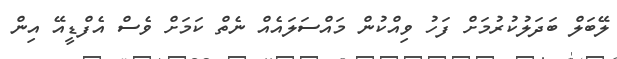
ލޭބަލް ބަދަލުކުރުމަށް ފަހު ވިއްކުން މައްސަލައެއް ނެތް ކަމަށް ވެސް އެފްޑީއޭ އިން